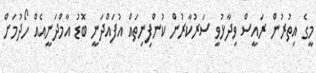
މީގެ އިތުރުން ރައީސް ވިދާޅުވީ ސަރުކާރުން ކުންފިނިތައް އުފައްދަނީ ބޮޑު އާމްދަނީއެއް ހޯދުމަށް